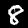
Digit: 8